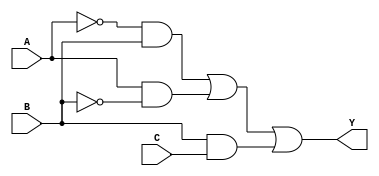
module combinational_logic (
    input wire A,  // Input A
    input wire B,  // Input B
    input wire C,  // Input C
    output wire Y  // Output Y
);

// Internal wires for the essential prime implicants
wire p1, p2, p3;

// Define essential prime implicants
// Example: Y = A'B + AB' + BC (this is just an example, replace with actual implicants)
assign p1 = ~A & B;     // A'B
assign p2 = A & ~B;     // AB'
assign p3 = B & C;      // BC

// Final output as the OR of essential prime implicants
assign Y = p1 | p2 | p3;

endmodule